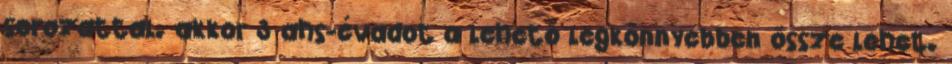
sorozattal. akkor 3 ahs-évadot a lehető legkönnyebben össze lehet.